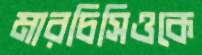
মারচিসিওকে